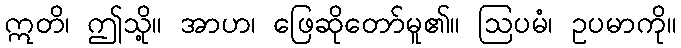
ဣတိ၊ ဤသို့။ အာဟ၊ ဖြေဆိုတော်မူ၏။ ဩပမံ၊ ဥပမာကို။